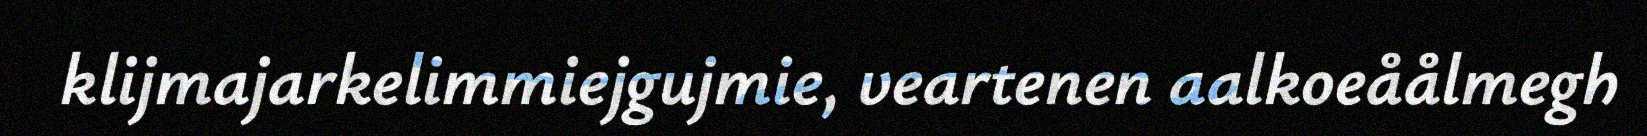
klijmajarkelimmiejgujmie, veartenen aalkoeåålmegh